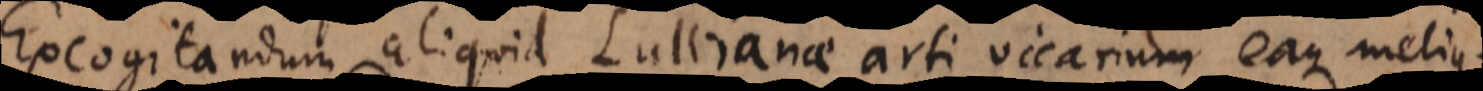
Excogitandum aliquid Lullianae arti vicarium eaque melius